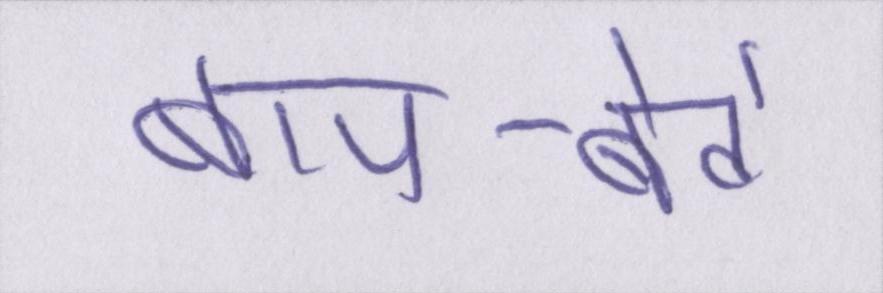
बाप-बेटे